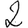
Digit: 2